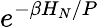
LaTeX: e^{-\beta H_{N}/P}